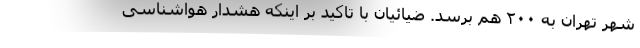
شهر تهران به ۲۰۰ هم برسد. ضیائیان با تاکید بر اینکه هشدار هواشناسی